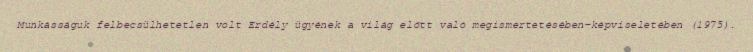
Munkásságuk felbecsülhetetlen volt Erdély ügyének a világ előtt való megismertetésében-képviseletében (1975).